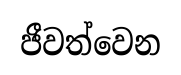
ජීවත්වෙන